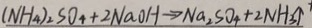
( N H _ { 4 } ) _ { 2 } S O _ { 4 } + 2 N a O H \rightarrow N a _ { 2 } S O _ { 4 } + 2 N H _ { 3 } \uparrow